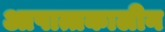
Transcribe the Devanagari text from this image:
आपात्तकालीन